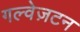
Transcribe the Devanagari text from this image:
गल्वेज़टन